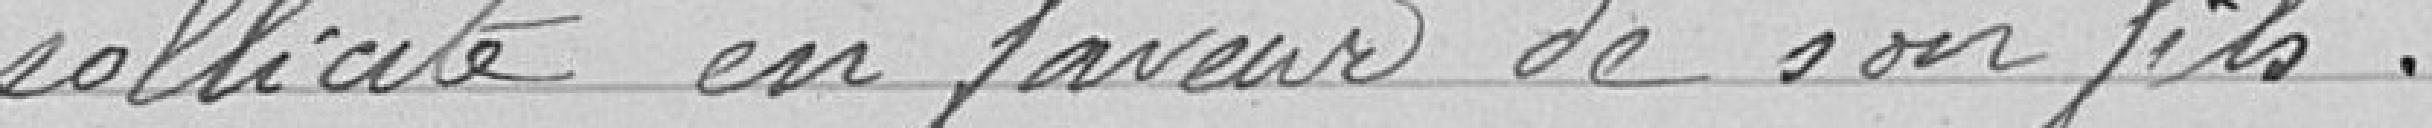
sollicite en faveur de son fils